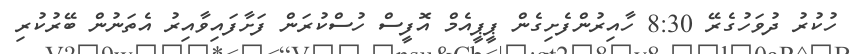
ހުކުރު ދުވަހުގެރޭ 8:30 ހާއިރުންފެށިގެން ޕީޕީއެމް އޮފީސް ހުސްކުރަން ފަށާފައިވާއިރު އެތަނުން ބޭރުކުރި